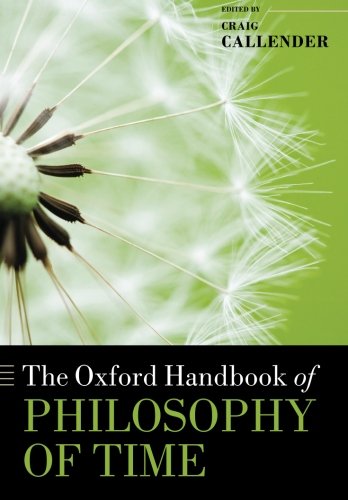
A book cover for The Oxford Handbook of Philosophy of Time (Oxford Handbooks); Science & Math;